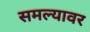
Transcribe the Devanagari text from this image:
समल्यावर